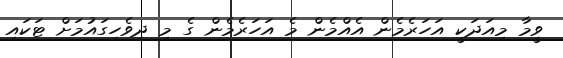
ވީމާ މިއަދަކީ އަހަރެމެން އެއްމެން މެ އަހަރެމެން ގެ މި ދިވެހިގައުމަށް ޓަކައި